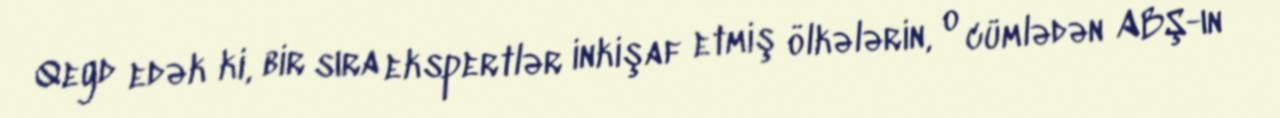
Qeyd edək ki, bir sıra ekspertlər inkişaf etmiş ölkələrin, o cümlədən ABŞ-ın